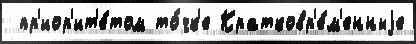
 пр'иор'ит'е́том то́чк'е Кратковр'е́м'енныjе